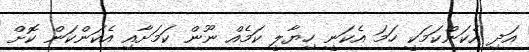
އަދި އެކަންކަމަކީ ހަމަ އެކަނީ ހިޔާލީ ކަމެއް ނޫން ކަމަށާއި އެކަންކަން ކޮށް